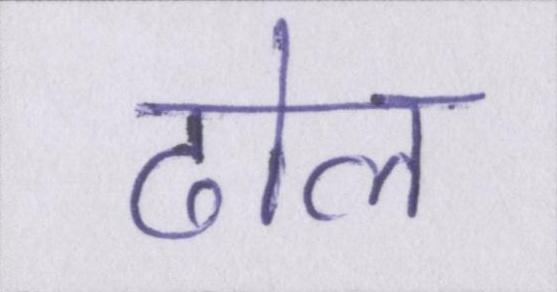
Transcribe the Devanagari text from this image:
ढोल